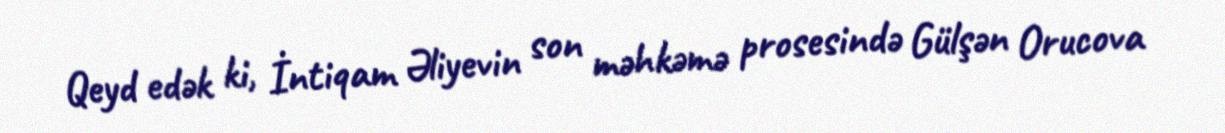
Qeyd edək ki, İntiqam Əliyevin son məhkəmə prosesində Gülşən Orucova